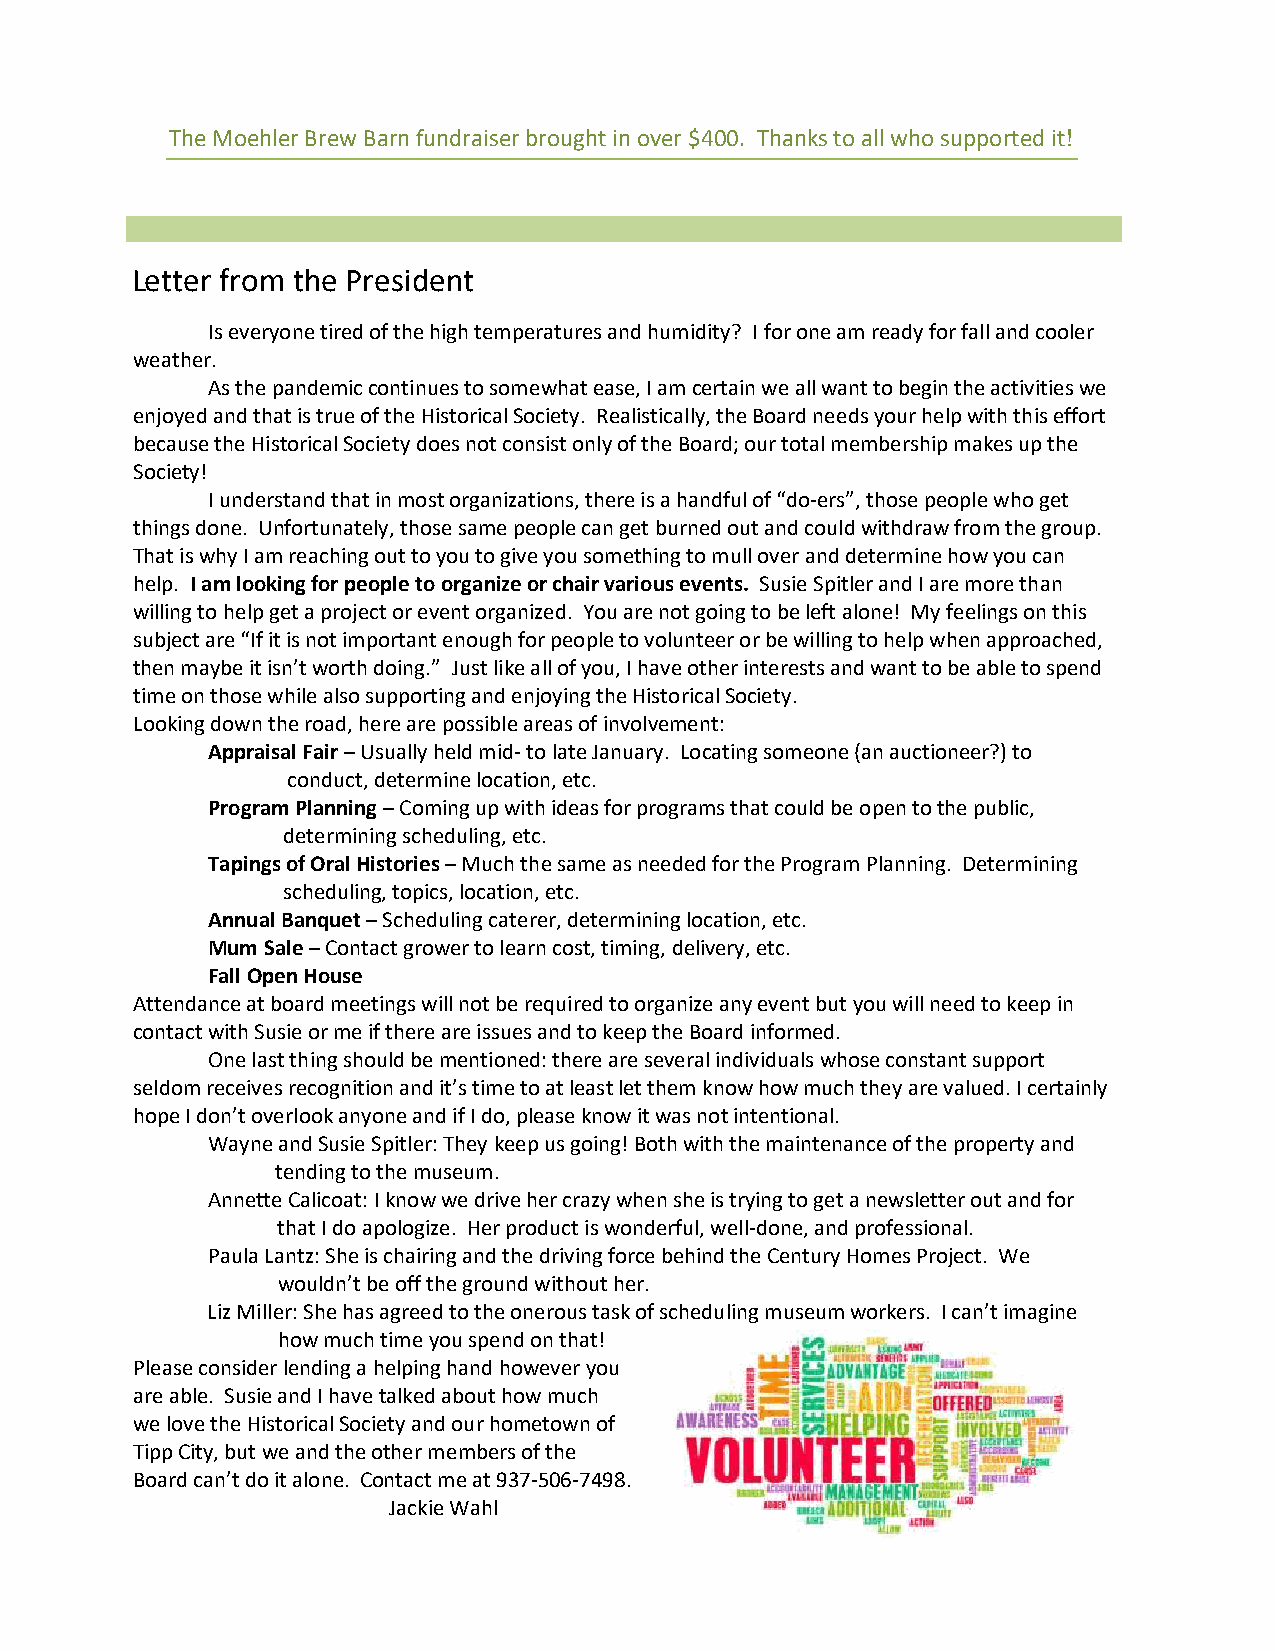
The Moehler Brew Barn fundraiser brought in over $400. Thanks to all who supported it!
 Letter from the President
 Is everyone tired of the high temperatures and humidity? I for one am ready for fall and cooler
 weather.
 As the pandemic continues to somewhat ease, I am certain we all want to begin the activities we
 enjoyed and that is true of the Historical Society. Realistically, the Board needs your help with this effort
 because the Historical Society does not consist only of the Board; our total membership makes up the
 Society!
 I understand that in most organizations, there is a handful of “do-ers”, those people who get
 things done. Unfortunately, those same people can get burned out and could withdraw from the group.
 That is why I am reaching out to you to give you something to mull over and determine how you can
 help. I am looking for people to organize or chair various events. Susie Spitler and I are more than
 willing to help get a project or event organized. You are not going to be left alone! My feelings on this
 subject are “If it is not important enough for people to volunteer or be willing to help when approached,
 then maybe it isn’t worth doing.” Just like all of you, I have other interests and want to be able to spend
 time on those while also supporting and enjoying the Historical Society.
 Looking down the road, here are possible areas of involvement:
 Appraisal Fair – Usually held mid- to late January. Locating someone (an auctioneer?) to
 conduct, determine location, etc.
 Program Planning – Coming up with ideas for programs that could be open to the public,
 determining scheduling, etc.
 Tapings of Oral Histories – Much the same as needed for the Program Planning. Determining
 scheduling, topics, location, etc.
 Annual Banquet – Scheduling caterer, determining location, etc.
 Mum Sale – Contact grower to learn cost, timing, delivery, etc.
 Fall Open House
 Attendance at board meetings will not be required to organize any event but you will need to keep in
 contact with Susie or me if there are issues and to keep the Board informed.
 One last thing should be mentioned: there are several individuals whose constant support
 seldom receives recognition and it’s time to at least let them know how much they are valued. I certainly
 hope I don’t overlook anyone and if I do, please know it was not intentional.
 Wayne and Susie Spitler: They keep us going! Both with the maintenance of the property and
 tending to the museum.
 Annette Calicoat: I know we drive her crazy when she is trying to get a newsletter out and for
 that I do apologize. Her product is wonderful, well-done, and professional.
 Paula Lantz: She is chairing and the driving force behind the Century Homes Project. We
 wouldn’t be off the ground without her.
 Liz Miller: She has agreed to the onerous task of scheduling museum workers. I can’t imagine
 how much time you spend on that!
 Please consider lending a helping hand however you
 are able. Susie and I have talked about how much
 we love the Historical Society and our hometown of
 Tipp City, but we and the other members of the
 Board can’t do it alone. Contact me at 937-506-7498.
 Jackie Wahl